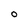
Character: O